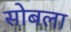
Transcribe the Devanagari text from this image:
सोबला